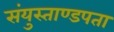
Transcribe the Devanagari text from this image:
संयुस्ताण्डपता